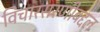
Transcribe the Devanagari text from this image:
विचारसरणीबद्दल